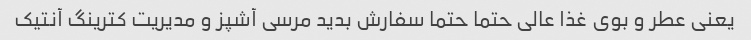
یعنی عطر و بوی غذا عالی حتما حتما سفارش بدید مرسی آشپز و مدیریت کترینگ آنتیک